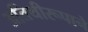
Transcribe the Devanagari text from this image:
अतिथीरूपाने